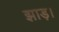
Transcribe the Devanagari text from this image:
झाड़।